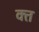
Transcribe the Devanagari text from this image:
क्‍त